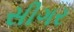
સીગર